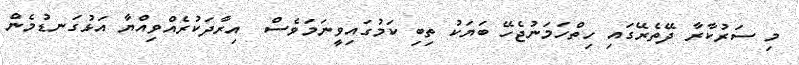
މި ސަރުކާރާ ދޭތެރޭގައި ހިތްހަމަނުޖެހޭ ބަޔަކު ތިބި ކަމުގައިވީނަމަވެސް  އިރާދަކުރެއްވިއްޔާ އަޅުގަނޑުމެން